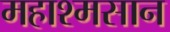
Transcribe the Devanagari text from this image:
महाश्मसान